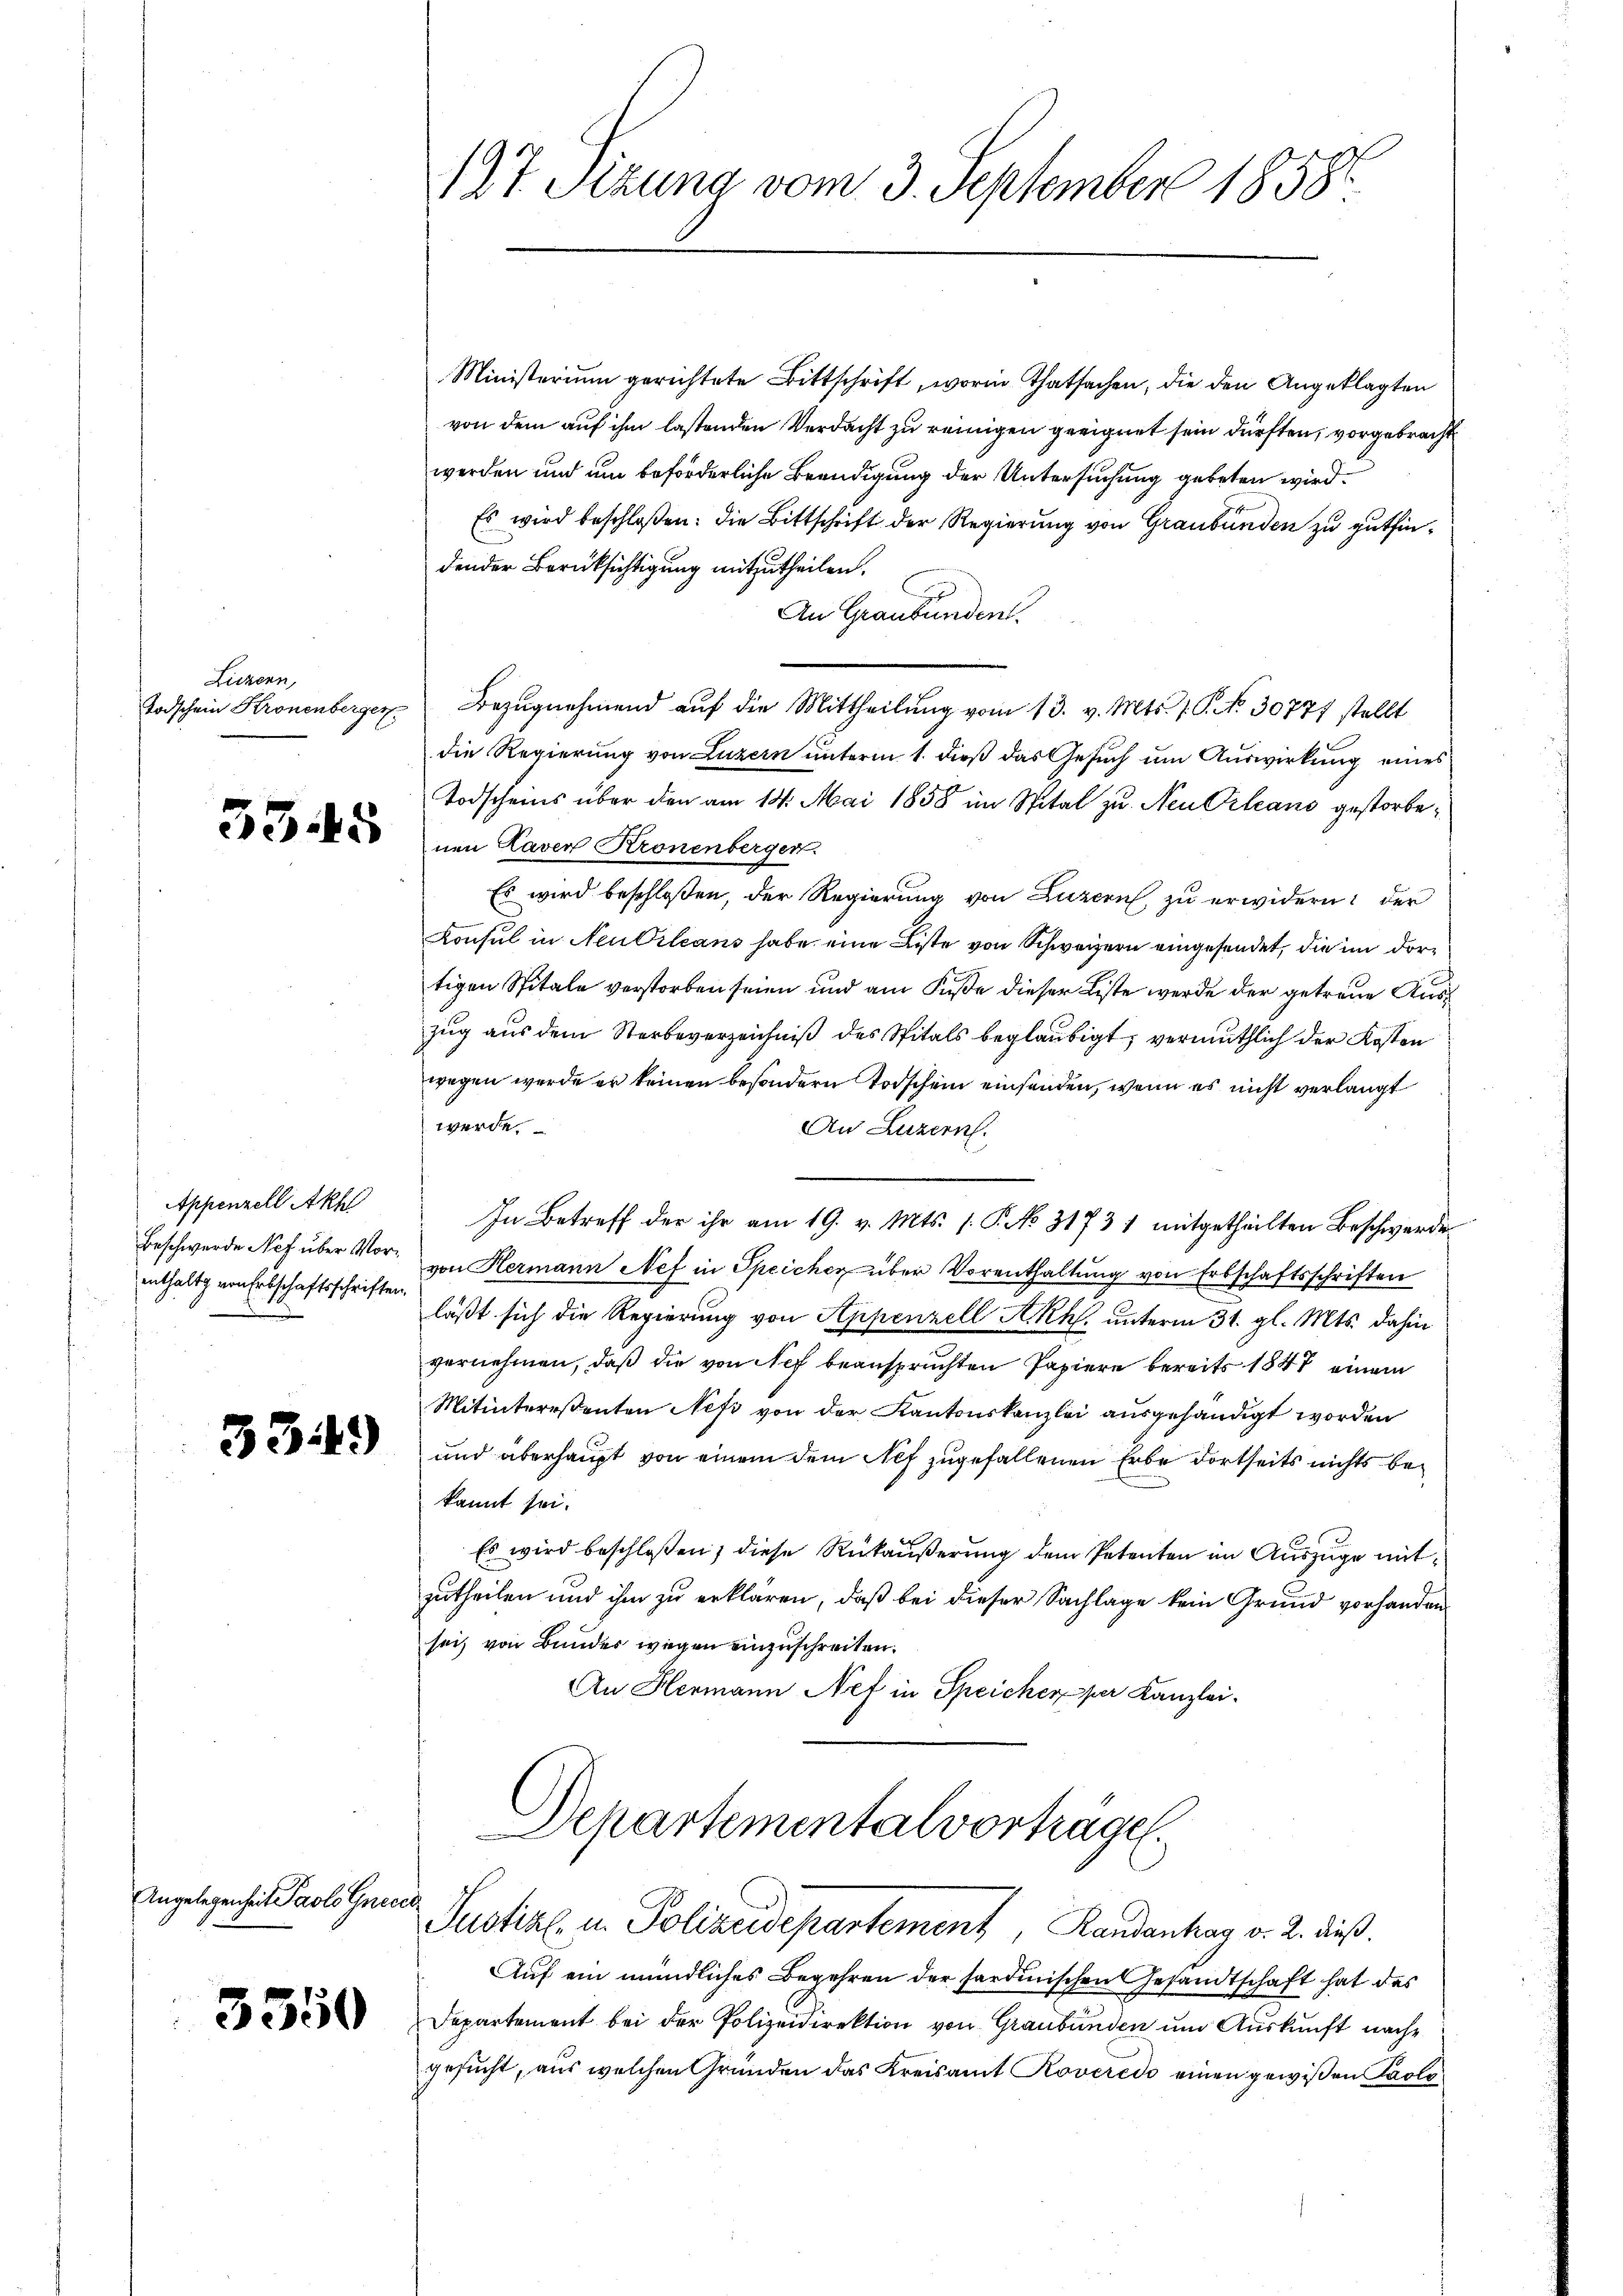
Liczern,
Todschein Kronenberger

33.45

Appenzell Akh
Beschwerde Nef über Vorenthaltg von Erbschaftsschriften.

334)

Angelegenheit Paolo Gnece

3550

137 Sizung vom 3. September 1858.

Ministerium gerichtete Bittschrift, worin Thatsachen, die den Angeklagten
von dem auf ihm lastenden Verdacht zu reinigen geeignet sein dürften, vorgebracht
werden und um beförderliche Beendigung der Untersuchung gebeten wird.
Es wird beschloßen: die Bittschrift der Regierung von Graubünden zu gutfindender Berücksichtigung mitzutheilen.
An Graubünden.
Bezugnahmend auf die Mittheilung vom 13. v. Mts. 1. P. Nr. 30777 stellt
die Regierung von Luzern unterm 1. dieß das Gesuch um Auswirkung eines
Todscheins über den am 14. Mai 1858 im Spital zu Neutrleans gestorbenen Laven Kronenberger
Es wird beschloßen, der Regierung von Luzern, zu erwidern: der
Konsul in Neu Orleans habe eine Liste von Schweizern eingesendet, die im dortigen Spitale verstorben seien und am Fuße dieser Liste werde der getreue Auszug aus dem Sterbeverzeichniß des Spitals beglaubigt, vermuthlich der Kosten
wegen werde er keinen besondern Todschein einsenden, wenn es nicht verlangt
werde.
An Luzern.
.
In Betreff der ihr am 19. v. Mts. 1. P. No. 31731 mitgetheilten Beschwerde
von Hermann Nef in Speicher über Vorenthaltung von Erbschaftsschriften
läßt sich die Regierung von Appenzell Akh. unterm 31. gl. Mts. dahin
vernehmen, daß die von Sef beanspruchten Papiere bereits 1847 einem
Mitinteresenten Nefz von der Kantonskanzlei ausgehändigt worden
und überhaupt von einem dem Nef zugefallenen Erbe dortseits nichts bekannt sei.
Es wird beschloßen, diese Rükäußerung dem Petenten im Auszüge mitzutheilen und ihm zu erklären, daß bei dieser Sachlage kein Grund vorhanden
sei, von Bunder wegen einzuschreiten.
An Hermann Nef in Speicher per Kanzlei-
Departemental vortrage.

Justiz- u. Polizeidepartement, Randantrag v. 2. dieß.

Auf ein mündliches Begehren der sardinischen Gesandtschaft hat das
Departement bei der Polizeidirektion von Graubünden und Auskunft nachgesucht, aus welchen Gründen das Kreisamt Roveredo einen gewißen Paolo